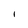
Character: 1